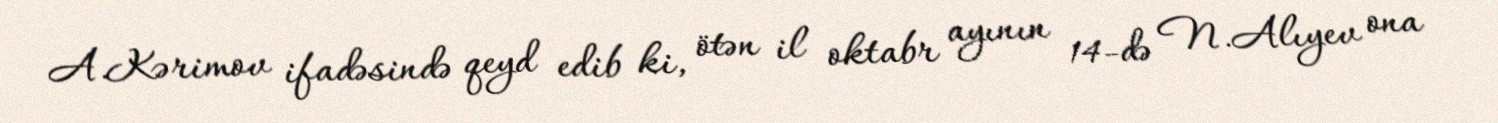
A.Kərimov ifadəsində qeyd edib ki, ötən il oktabr ayının 14-də N.Alıyev ona